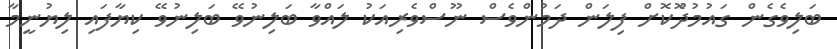
ބަލިވެގެން ގައުމުދޫޮކޮށް ފިލަން ދަމުންވެސް ނޫސްވެރިއަކު ލައްވާ ބަލިނުވޭ ބަލިނުވޭ ކިޔާފައި ލިޔުނީމާ